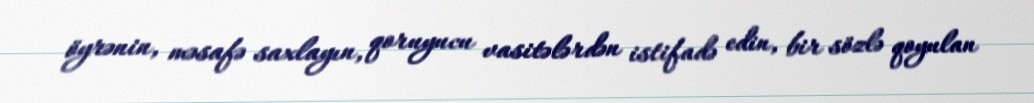
öyrənin, məsafə saxlayın, qoruyucu vasitələrdən istifadə edin, bir sözlə qoyulan